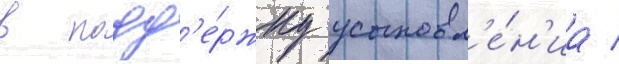
в подд'е́ржку усыновл'е́н'иа /